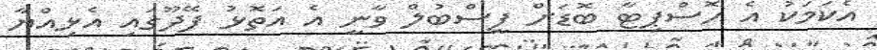
އެކަމަކު އެ ހޮސްޕިޓާ ބޮޑަށް ފީސްބުލް ވާނީ އެ އަތޮޅު ފޭދޫގައި އެޅިއްޔާ